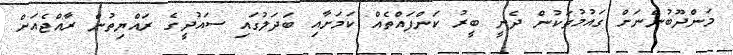
މަންދޫބުންނަށް ގައުމުތަކުން ދެނީ ބީރު ކަންފައްތެއް ކަމަށާއި ބަދަލުގައި ސައުދީގެ ރައްޔިތުން ރާއްޖެއަށް